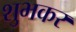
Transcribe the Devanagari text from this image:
शुभकर